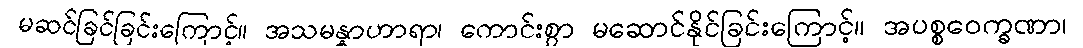
မဆင်ခြင်ခြင်းကြောင့်။ အသမန္နာဟာရာ၊ ကောင်းစွာ မဆောင်နိုင်ခြင်းကြောင့်။ အပစ္စဝေက္ခဏာ၊